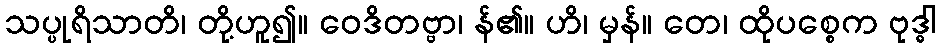
သပ္ပုရိသာတိ၊ တို့ဟူ၍။ ဝေဒိတဗ္ဗာ၊ န်၏။ ဟိ၊ မှန်။ တေ၊ ထိုပစ္စေက ဗုဒ္ဓါ